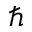
\hbar